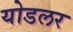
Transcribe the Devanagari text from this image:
योडलर